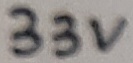
Text: 33V